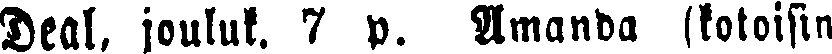
Deal, jouluk. 7 p. Amanda (kotoisin